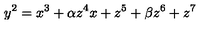
y ^ { 2 } = x ^ { 3 } + \alpha z ^ { 4 } x + z ^ { 5 } + \beta z ^ { 6 } + z ^ { 7 }